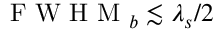
\mathrm { ~ F ~ W ~ H ~ M ~ } _ { b } \lesssim \lambda _ { s } / 2